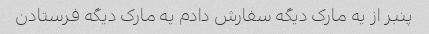
پنبر از یه مارک دیگه سفارش دادم یه مارک دیگه فرستادن